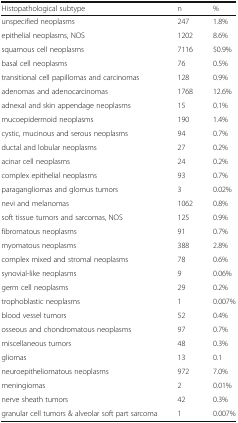
| Histopathological subtype | n | % |
 | --- | --- | --- |
 | unspecified neoplasms | 247 | 1.8% |
 | epithelial neoplasms, NOS | 1202 | 8.6% |
 | squamous cell neoplasms | 7116 | 50.9% |
 | basal cell neoplasms | 76 | 0.5% |
 | transitional cell papillomas and carcinomas | 128 | 0.9% |
 | adenomas and adenocarcinomas | 1768 | 12.6% |
 | adnexal and skin appendage neoplasms | 15 | 0.1% |
 | mucoepidermoid neoplasms | 190 | 1.4% |
 | cystic, mucinous and serous neoplasms | 94 | 0.7% |
 | ductal and lobular neoplasms | 27 | 0.2% |
 | acinar cell neoplasms | 24 | 0.2% |
 | complex epithelial neoplasms | 93 | 0.7% |
 | paragangliomas and glomus tumors | 3 | 0.02% |
 | nevi and melanomas | 1062 | 0.8% |
 | soft tissue tumors and sarcomas, NOS | 125 | 0.9% |
 | fibromatous neoplasms | 91 | 0.7% |
 | myomatous neoplasms | 388 | 2.8% |
 | complex mixed and stromal neoplasms | 78 | 0.6% |
 | synovial-like neoplasms | 9 | 0.06% |
 | germ cell neoplasms | 29 | 0.2% |
 | trophoblastic neoplasms | 1 | 0.007% |
 | blood vessel tumors | 52 | 0.4% |
 | osseous and chondromatous neoplasms | 97 | 0.7% |
 | miscellaneous tumors | 48 | 0.3% |
 | gliomas | 13 | 0.1 |
 | neuroepitheliomatous neoplasms | 972 | 7.0% |
 | meningiomas | 2 | 0.01% |
 | nerve sheath tumors | 42 | 0.3% |
 | granular cell tumors & alveolar soft part sarcoma | 1 | 0.007% |